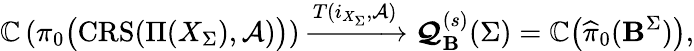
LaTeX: \mathbb{C}\left(\pi_{0}\big(\mathbf{\mathrm{CRS}}(\Pi(X_{\Sigma}),\mathcal{A})\big)\right)\xrightarrow{T(i_{X_{\Sigma}},\mathcal{A})}\boldsymbol{\mathcal{Q}}_{{\boldsymbol{\mathbf{B}}}}^{(s)}(\Sigma)=\mathbb{C}\big(\widehat{\pi}_{0}({\boldsymbol{\mathbf{B}}}^{\Sigma})\big),